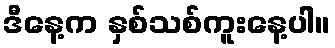
ဒီနေ့က နှစ်သစ်ကူးနေ့ပါ။